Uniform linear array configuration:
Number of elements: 48
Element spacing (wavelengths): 0.5
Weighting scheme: exponential
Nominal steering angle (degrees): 45
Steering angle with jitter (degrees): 44.758
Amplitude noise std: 0.05
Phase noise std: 0.05

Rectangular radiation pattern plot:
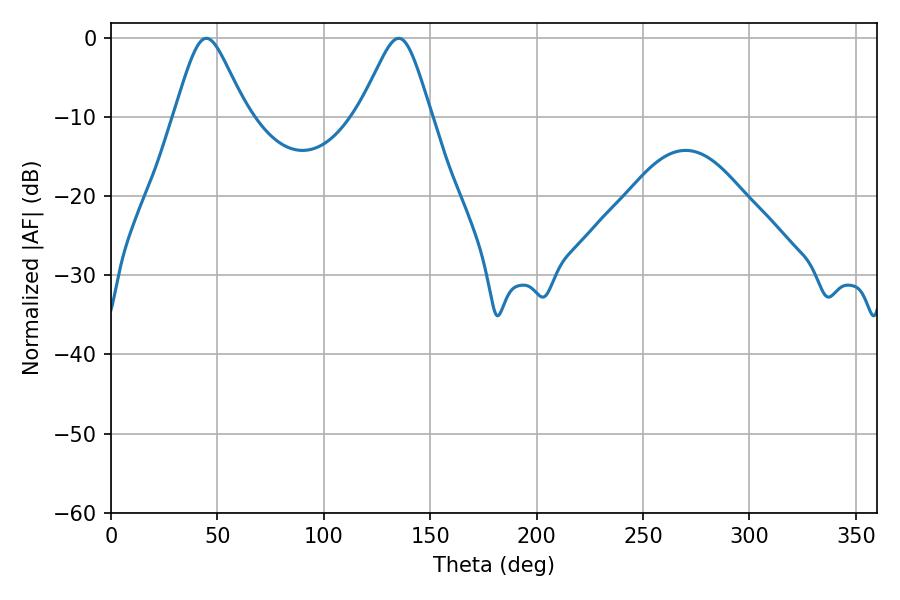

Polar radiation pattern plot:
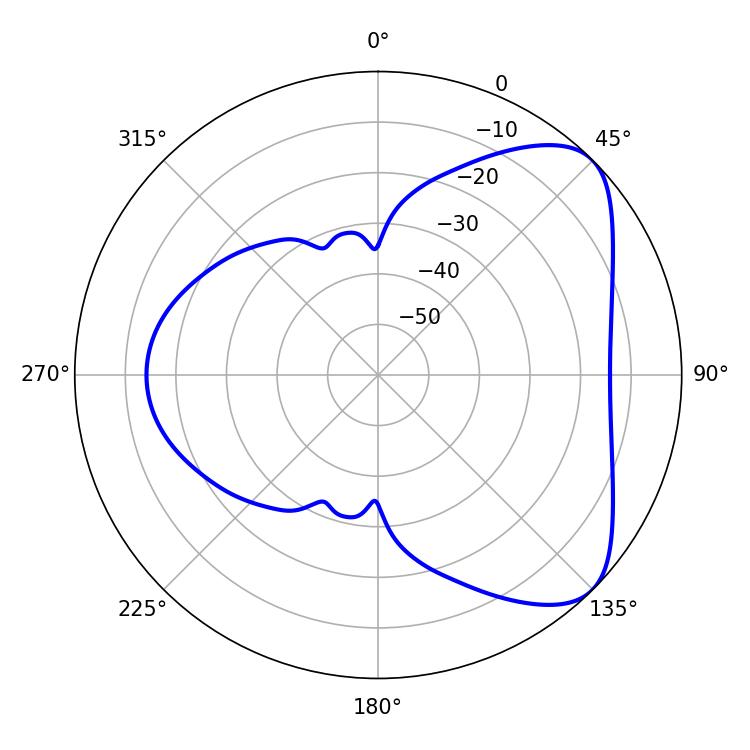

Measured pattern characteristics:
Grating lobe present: FALSE
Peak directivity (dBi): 6.127
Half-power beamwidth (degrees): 16.2
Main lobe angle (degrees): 135.18